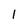
Character: l